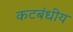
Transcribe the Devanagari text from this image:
कटबंधीय